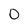
Character: 0